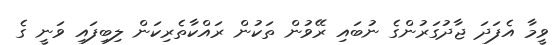
ވީމާ އެފަދަ ޖާދުގަރުންގެ ނުބައި ރޭވުން ތަކުން ރައްކާތެރިކަން ލިބިފައި ވަނީ ގެ